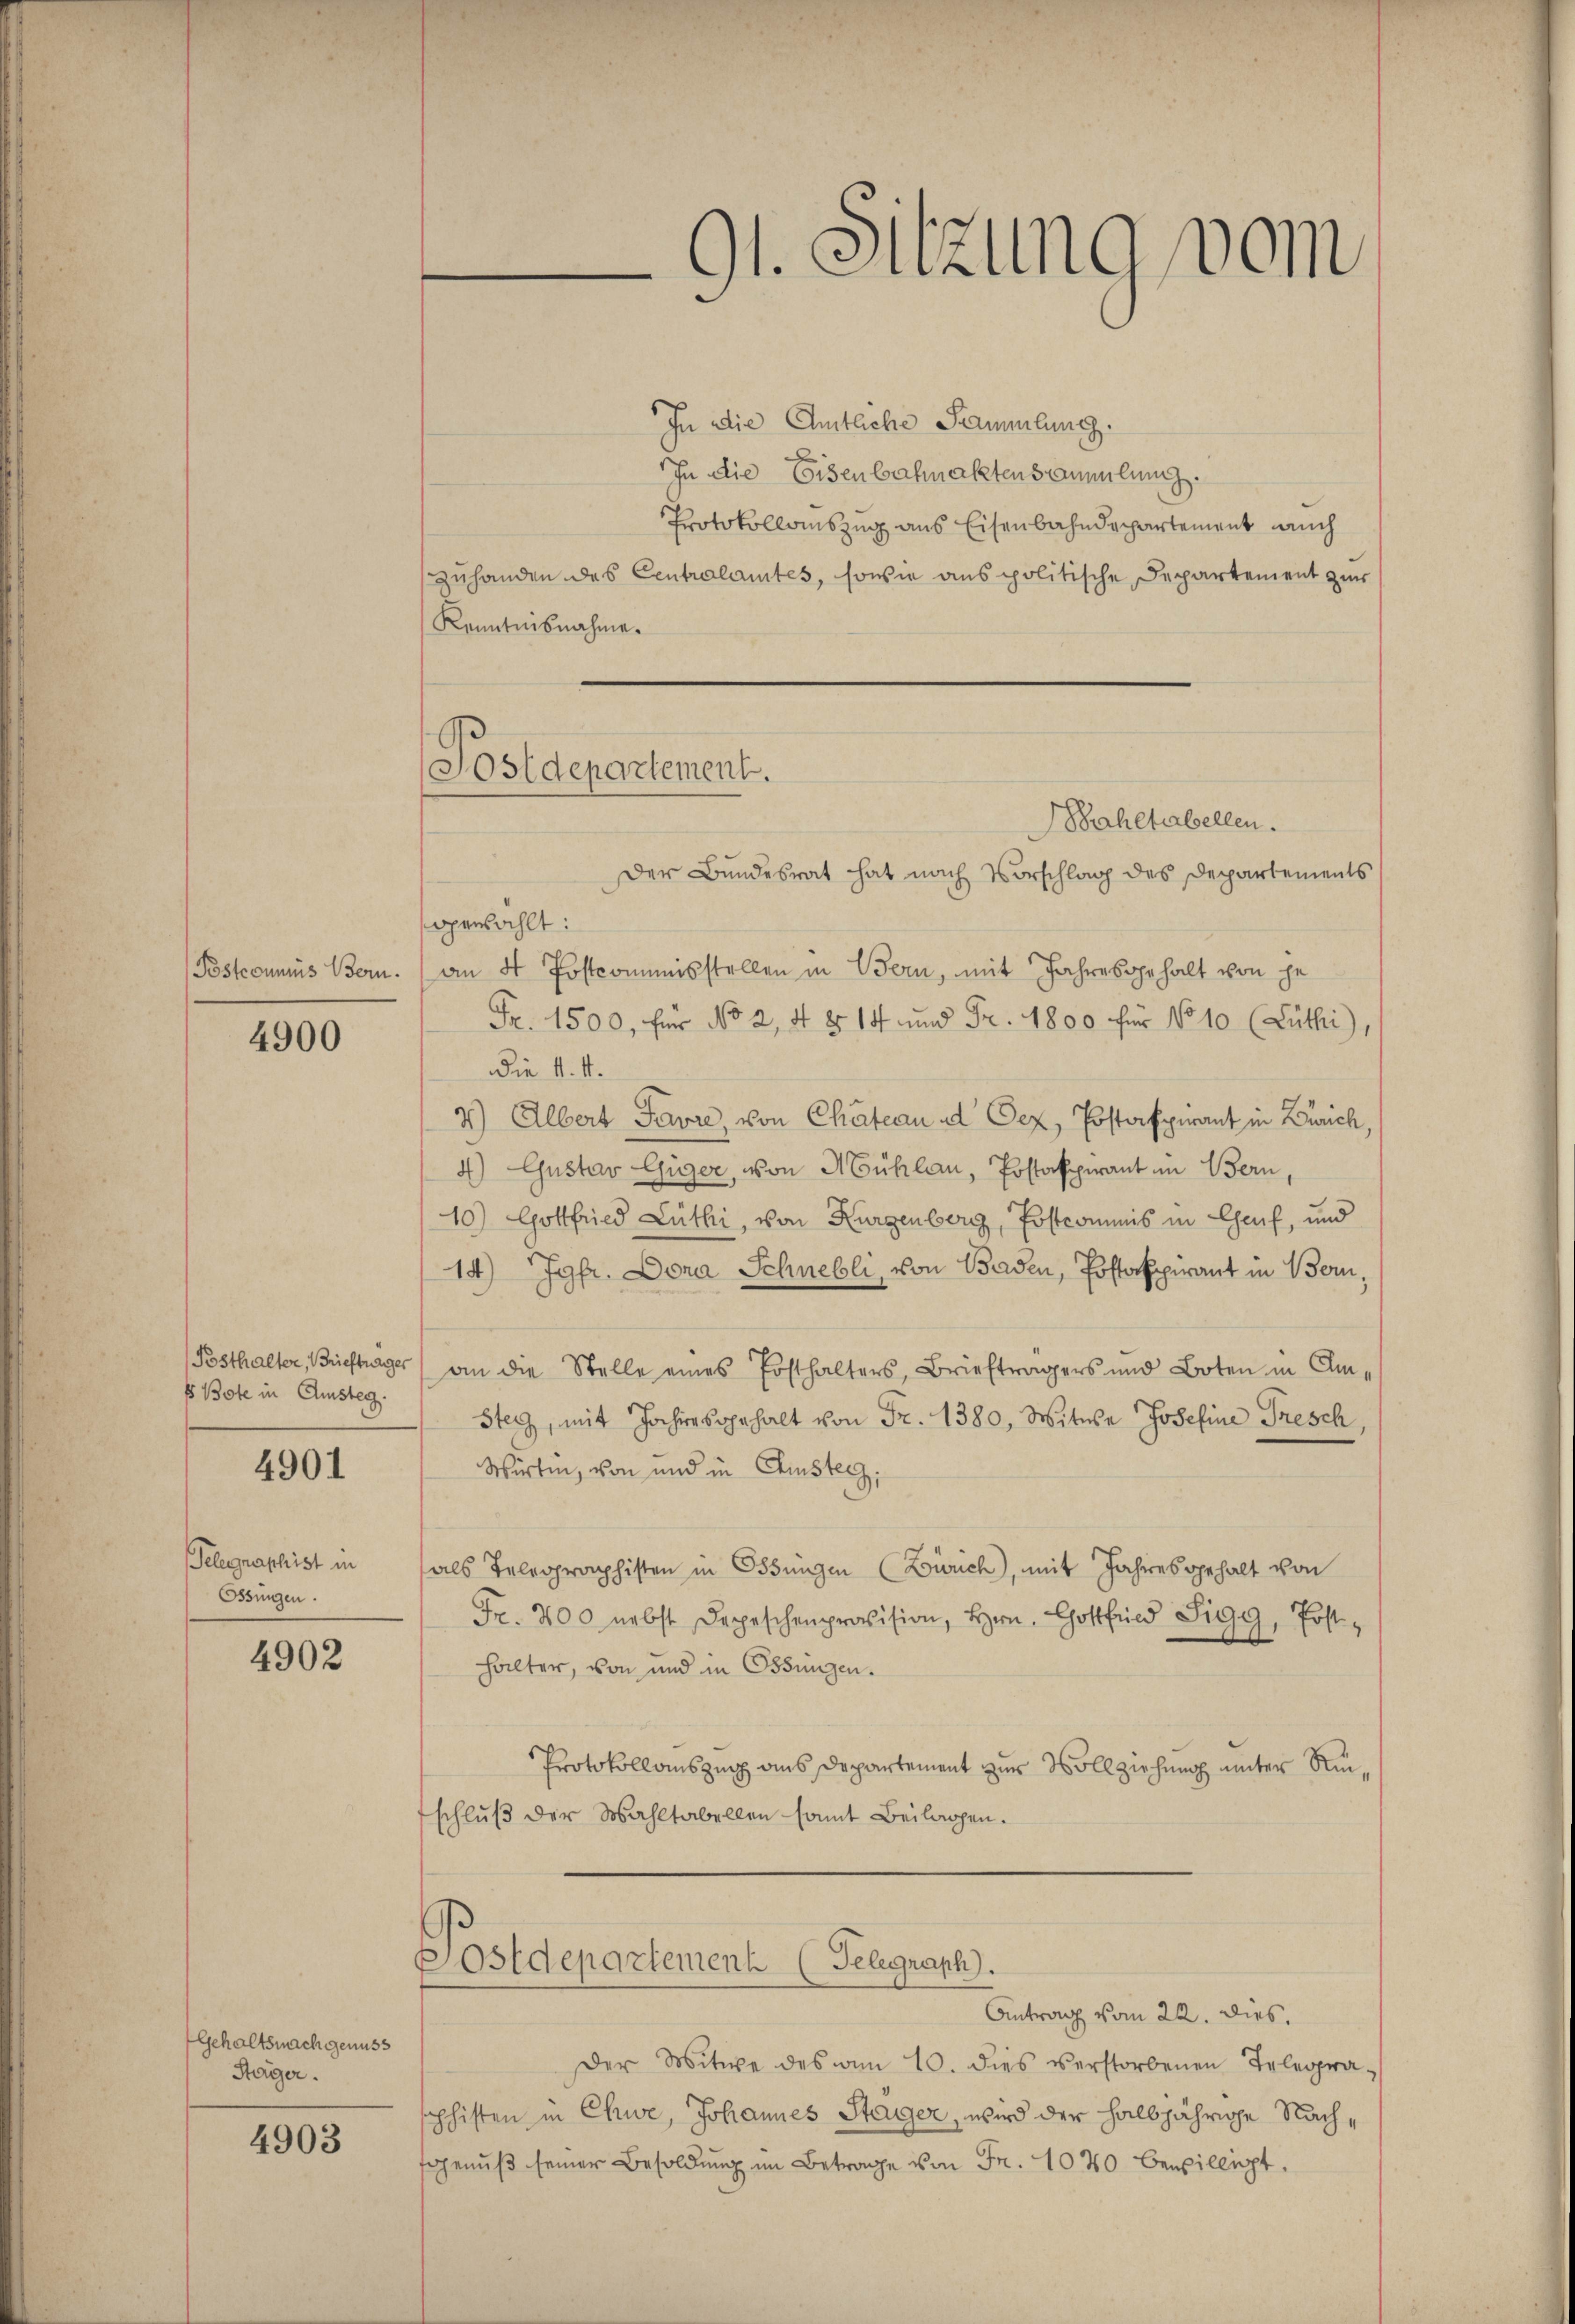
Postconnus Bern.

4900

Posthalter, Brieftrager
s Bote in Amsteg.

4901

Telegraphist in
Ossingen.

4902

Gehaltsnachgenuss
Stäger.

4903

Postdepartement.
Bahetabellen.

91. Sitzung vom

In die Amtliche Sammlung.
In die Eisenbahnaktensammlung.
Protokollauszug aus Eisenbahndepartement auch
zuhanden des Centralamtes, sowie aus politische Departement zur
Kenntnisnahme.
Der Bundesrat hat nach Vorschlag des Departements
gewählt:
an 4 Postcommisstellen in Bern, mit Jahresgehalt von je
Fr. 1500, für No 2, 4 § 14 und Fr. 1800 für No 10 (Lüthi
Die v. M.
4) Albert Favre, von Chateau a Oez, Postafpirant in Zürich
4) Gustav Güger, von Mühlen, Postaspirant in Bern
10) Gottfried Lüthi, von Kurgenberg, Erstcommis in Chauf, und
14.) Jgfr. Dona Schnebli, von Baden, Postappirant in Bern,
an die Stelle eines Posthalters, Briefträgers und Boten in Amsteg, mit Jahres gehalt von Fr. 1380, Witwe Josefine Presch
Wirtin, von und in Christerz.
als Telegraphisten in Ossingen (Zürich, mit Jahres gehalt von
Fr. 200 nebst Depeschenprovision, Hrn. Gottfrid Sigg, Post
halter, von und in Ossingen.
Protokollauszug aus Departement zur Vollziehung unter Nischluß der Wahltabellen samt Beilagen.
Postdepartement (Felgrath.
Antrag vom 22. dies,
Der Witwe des von 10. dies verstorbenen Telegra-
phisten in Chwe, Johannes Stager, wird der halbjährige Nachgenuß seiner Besoldung im Betrage von Fr. 1040 bewilligt.